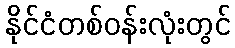
နိုင်ငံတစ်ဝန်းလုံးတွင်